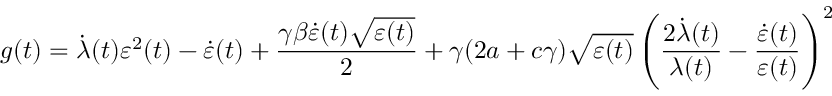
g ( t ) = \dot { \lambda } ( t ) \varepsilon ^ { 2 } ( t ) - \dot { \varepsilon } ( t ) + \frac { \gamma \beta \dot { \varepsilon } ( t ) \sqrt { \varepsilon ( t ) } } { 2 } + \gamma ( 2 a + c \gamma ) \sqrt { \varepsilon ( t ) } \left( \frac { 2 \dot { \lambda } ( t ) } { \lambda ( t ) } - \frac { \dot { \varepsilon } ( t ) } { \varepsilon ( t ) } \right) ^ { 2 }